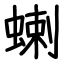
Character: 蝲